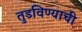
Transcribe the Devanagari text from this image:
तुडविण्याची